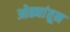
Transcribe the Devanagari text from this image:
ओढ्यांतून